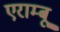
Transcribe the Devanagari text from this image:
एराम्बू